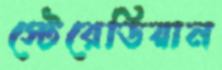
স্টেরেডিয়ান